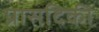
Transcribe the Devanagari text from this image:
प्रासदिकी